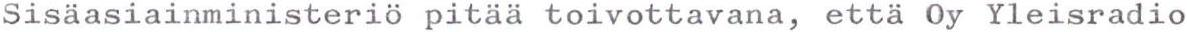
Sisäasiainministeriö pitää toivottavana, että Oy Yleisradio